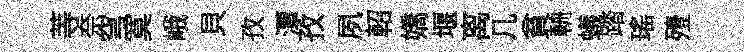
䓁奈穹寞峨貝孜潭孜夙軺嬌堰离几貧輈蟻踏瑶殪